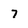
Character: 7